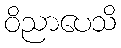
ဝိညာပေသိ